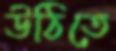
উঠিতে